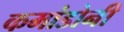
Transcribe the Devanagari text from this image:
कमांडोनी